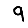
Digit: 9